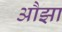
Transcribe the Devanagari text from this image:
औझा